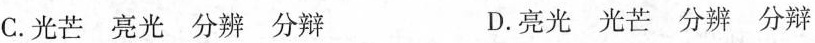
C.光芒亮光分辨分辩 D.亮光光芒分辨分辩